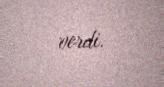
verdi.